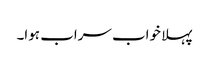
پہلا خواب سراب ہوا۔